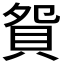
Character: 𧵍